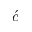
\acute { c }